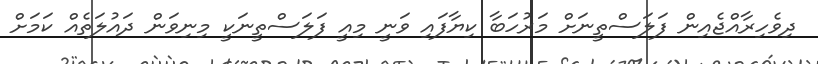
ދިވެހިރާއްޖެއިން ފަލަސްތީނަށް މަރުހަބާ ކިޔާފައި ވަނީ މިއީ ފަލަސްތީނަކީ މިނިވަން ދައުލަތެއް ކަމަށް